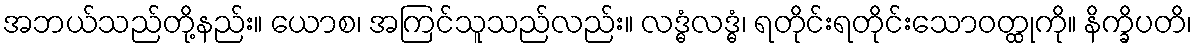
အဘယ်သည်တို့နည်း။ ယောစ၊ အကြင်သူသည်လည်း။ လဒ္ဓံလဒ္ဓံ၊ ရတိုင်းရတိုင်းသောဝတ္ထုကို။ နိက္ခိပတိ၊